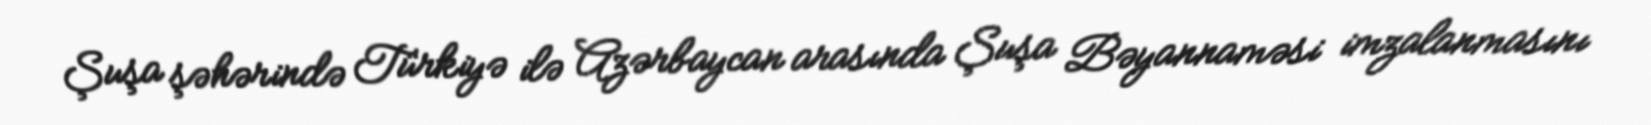
Şuşa şəhərində Türkiyə ilə Azərbaycan arasında Şuşa Bəyannaməsi imzalanmasını